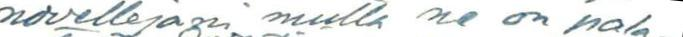
novellejani mutta ne on pala-